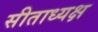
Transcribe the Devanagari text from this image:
सीताध्यक्ष